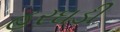
હરઘડી